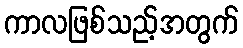
ကာလဖြစ်သည့်အတွက်